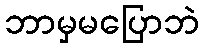
ဘာမှမပြောဘဲ